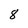
Character: 8